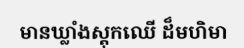
មានឃ្លាំងស្តុកឈើ ដ៏មហិមា